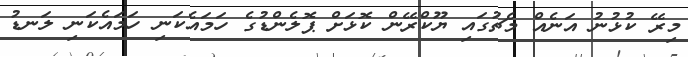
މިރޭ ކުޅުނު އަނެއް މެޗުގައި ޔޫކްރޭން ކޮޅަށް ޕޮލެންޑުގެ ހަމައެކަނި ހަމައެކަނި ލަނޑު